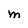
Character: M